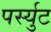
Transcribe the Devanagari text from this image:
पर्स्युट